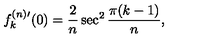
f _ { k } ^ { ( n ) \prime } ( 0 ) = \frac { 2 } { n } \sec ^ { 2 } \frac { \pi ( k - 1 ) } { n } ,